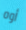
أوه